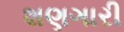
શણગારી